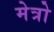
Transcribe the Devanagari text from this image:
मेत्रो